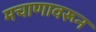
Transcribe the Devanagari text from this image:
मचाणावरून